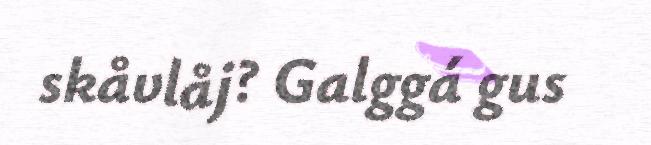
skåvlåj? Galggá gus